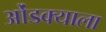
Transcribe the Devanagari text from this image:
ओंडक्याला